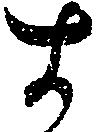
す